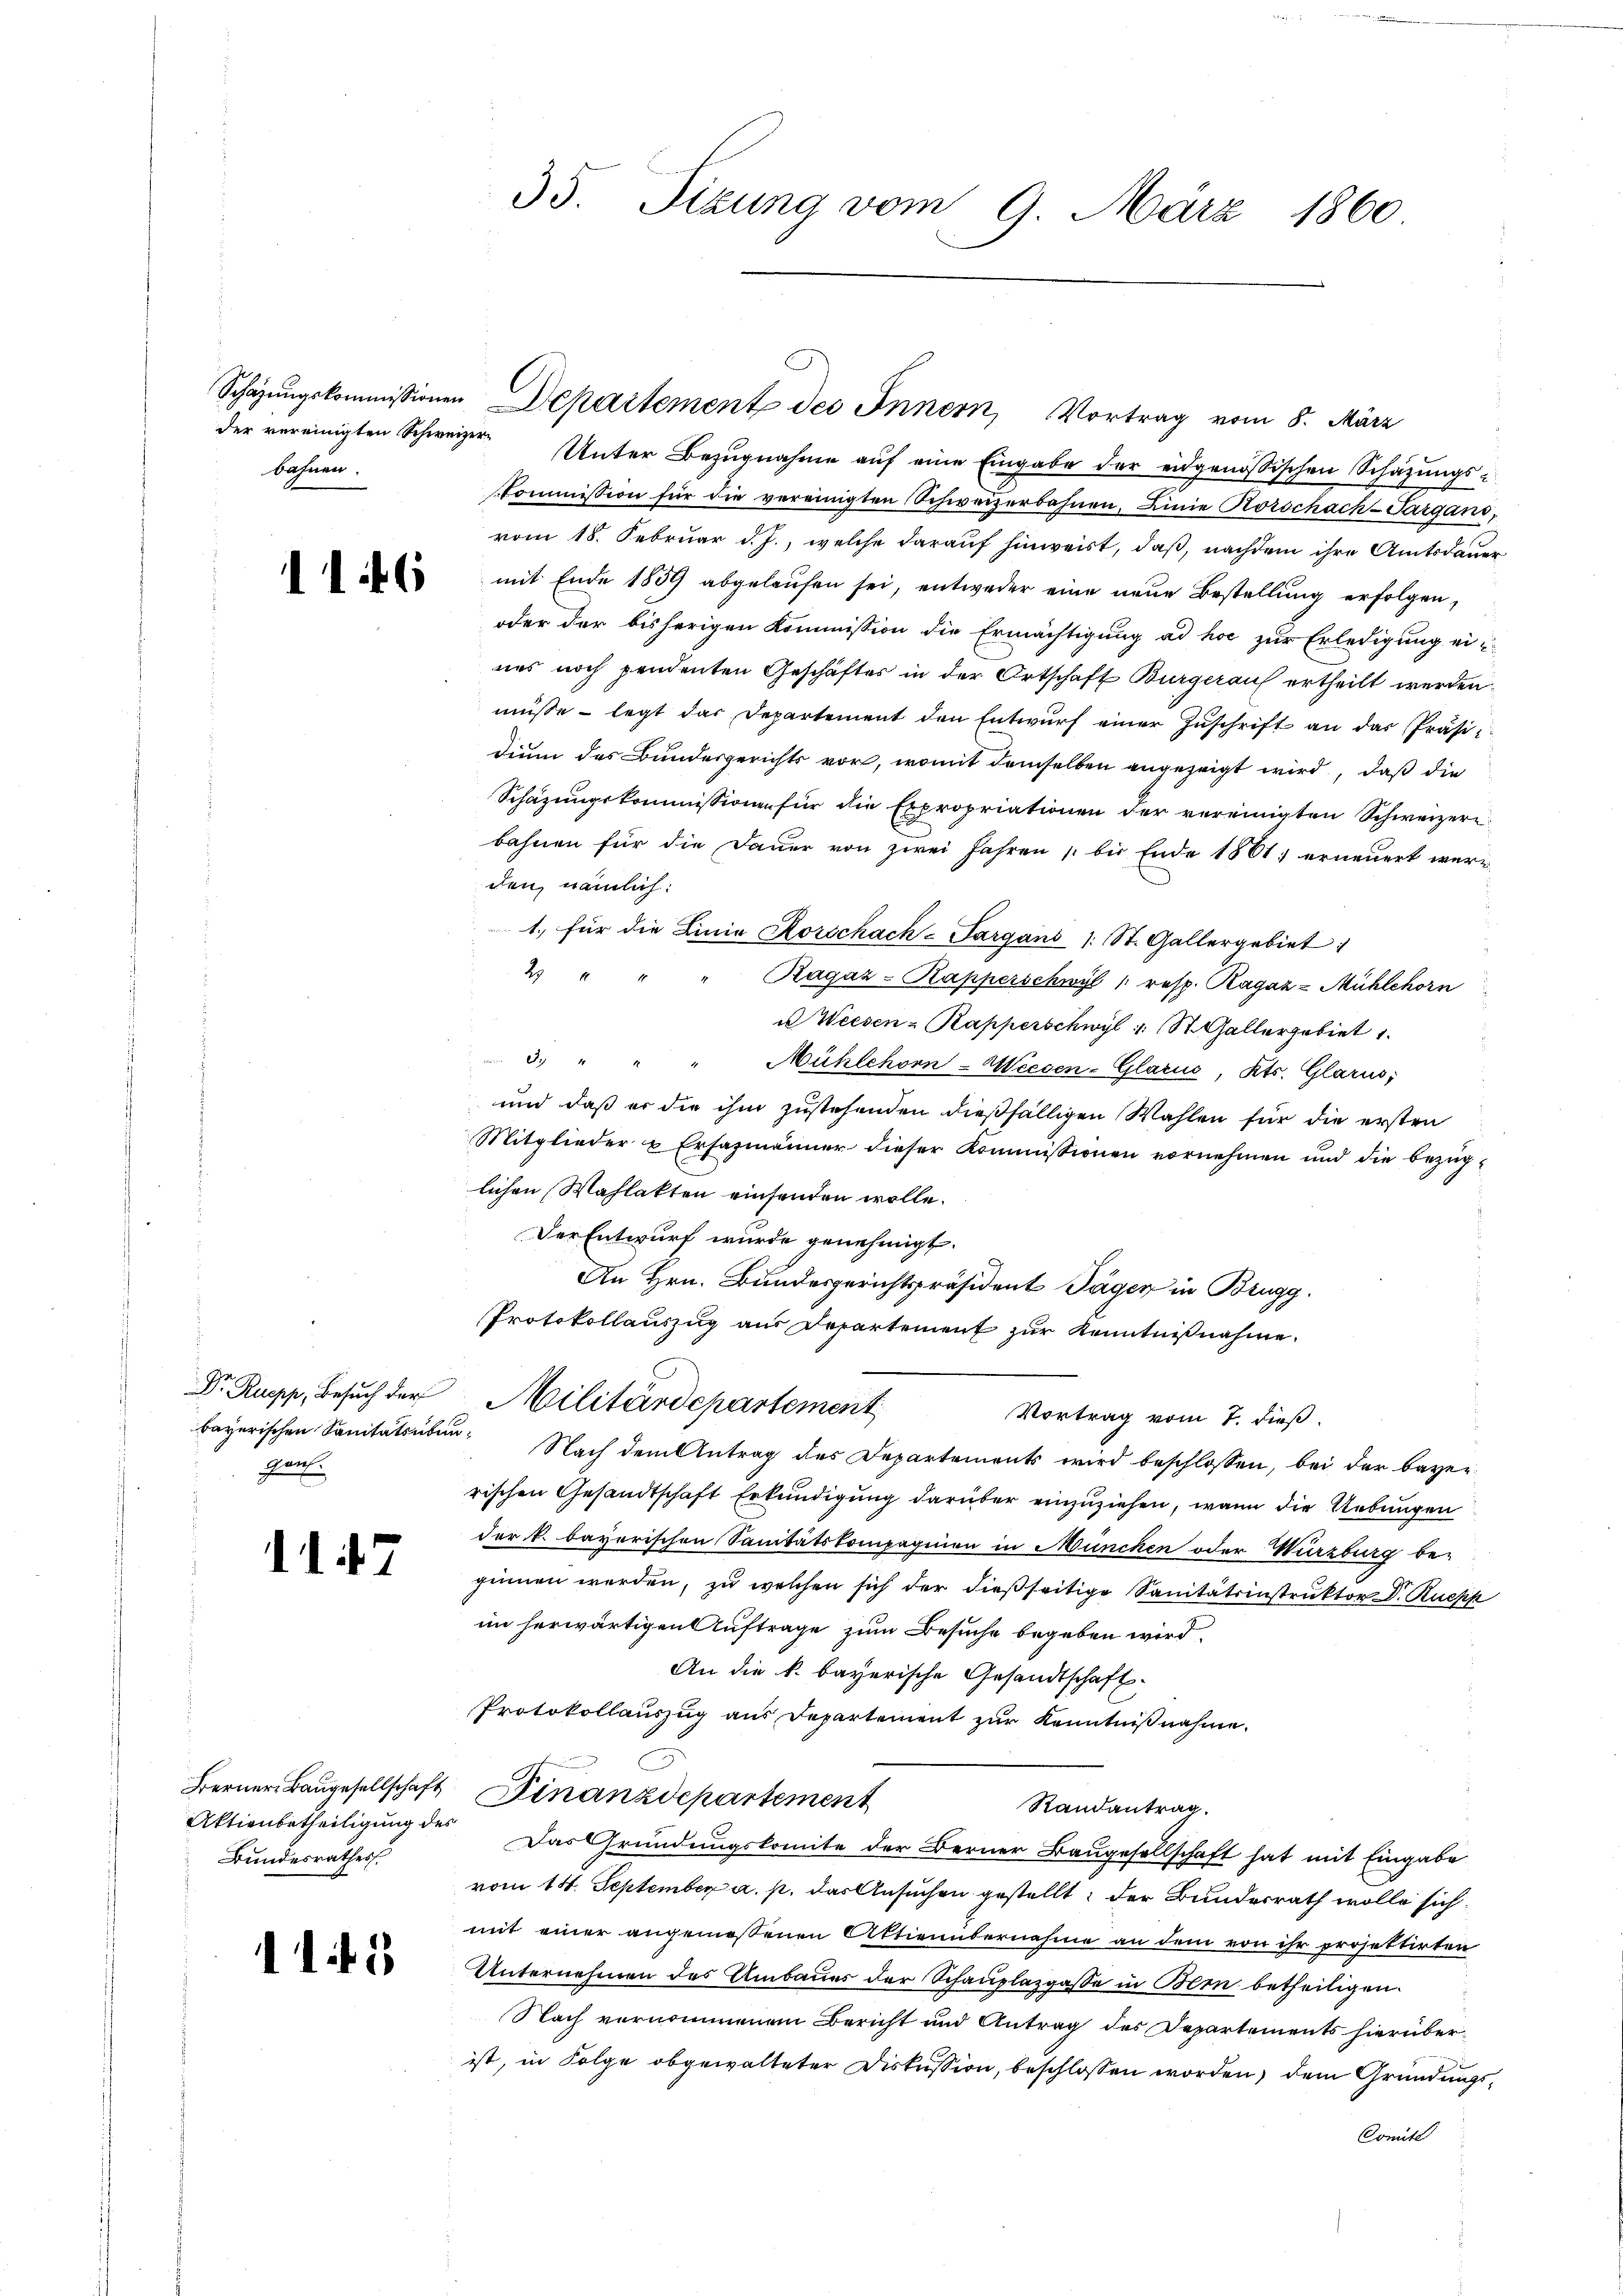
bahnen.

16

gen

11. 47

Bundesrathes

111

der vereinigten Schweizer Unter Bezugnahme auf eine Eingabe der eidgenössischen Schätzungs-
skommission für die vereinigten Schweizerbahnen, Linie Korschach-Targans,
vom 18. Februar d. J., welche darauf hinweist, daß, nachdem ihre Amtsdauer
mit Ende 1839 abgelaufen sei, entweder eine neue Bestellung erfolgen,
oder der bisherigen Kommission die Ermächtigung ad hoc zur Erledigung eines noch pendenten Geschäftes in der Ortschaft Burgerauf ertheilt werden.
müsse legt das Departement den Entwŭrf einer Zŭschrift an das Präsi-
dium des Bundesgerichts vor, womit demselben angezeigt wird, daß die
Schazungskommissionen für die Expropriationen der vereinigten Schweizere
bahnen für die Dauer von zwei Jahren bis Ende 1861 erneuert were
den, nämlich:
1. für die Linie Horschach-Sargans 1 St. Gallergebiet:
244
Ragaz-Kapperschwyl /: resp. Ragaz-Mühlehorn
u Weesen-Rapperschwyl u. St. Gallergebiet 1
3. " " " Mühlehorn-Weesen-Glarus, Kts. Glarus,
und daß er die ihm zustehenden dießfälligen Wahlen für die ersten
Mitglieder u Ersazmänner dieser Kommissionen vornehmen und die bezüg-
lichen Wahlakten einsenden wolle.
Der Entwurf wurde genehmigt.
An Hrn. Bundesgerichtspräsident Täger in Brugg
Protokollauszug aus Departement zur Kenntnißnahme.
Dr. Rupp, Besŭch der Militärdepartement
Vortrag vom 7. dieß.
bayerischen Sanitätsüben. Nach dem Antrag des Departements wird beschlossen, bei der bayer
rischen Gesandtschaft Erkundigung darüber einzuziehen, wenn die Uebungen
der k. bayerischen Sanitätskompaginen in München oder Würzburg be-
ginnen werden, zu welchen sich der dießseitige Sanitätsinstruktor Dr. Ruepp
im herwärtigen Auftrage zum Besuche begeben wird.
An die k. bayerische Gesandtschaft.
Protokollauszug aus Departement zur Kenntnißnahme.
Berner Baŭgesellschaft Finanzdepartement
Randantrag.
Aktienbetheiligung des Das Gründungskomite der Berner Baugesellschaft hat mit Eingabe
vom 14. September a. p. das Ansuchen gestellt, der Bundesrath wolle sich
mit einer angemessenen Aktienübernahme an dem von ihr projettirten
Unternehmen des Umbaues der Schauplazgasse in Bern betheiligen.
Nach vernommenen Bericht und Antrag des Departements hierüberist, in Folge abgewalteter Diskussion, beschlossen worden, dem Gründungs¬
Comité

35. Sizung vom 9. März 1860.

Schazungskommissionen Departement des Innern, Vortrag vom 8. März